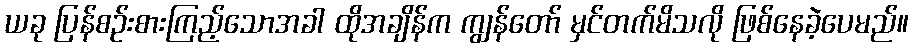
ယခု ပြန်စဉ်းစားကြည့်သောအခါ ထိုအချိန်က ကျွန်တော် မှင်တက်မိသလို ဖြစ်နေခဲ့ပေမည်။